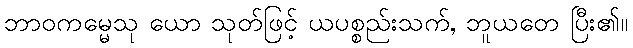
ဘာဝကမ္မေသု ယော သုတ်ဖြင့် ယပစ္စည်းသက်, ဘူယတေ ပြီး၏။